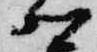
卿